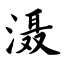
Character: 滠